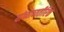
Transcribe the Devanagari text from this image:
यांच्याव्यतीरिक्त